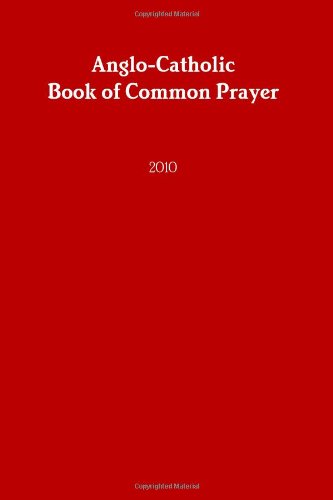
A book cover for Anglo-Catholic Book of Common Prayer: 2010; AngloCatholic Archdiocese of the Southwest; Christian Books & Bibles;